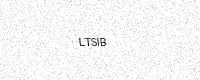
Text: LTSIB